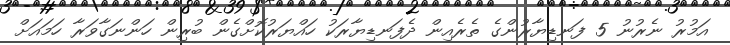
އަމުރު ނެރުނު 5 ފަނޑިޔާރުންގެ ތެރެއިން ދެފަނޑިޔާރަކު ހައްޔަރުކޮށްގެން ބުރިން ހަންނަގާވަރާ ހަމައަށް